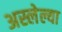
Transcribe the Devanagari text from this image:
अस्लेल्या